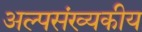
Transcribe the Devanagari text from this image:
अल्पसंख्यकीय